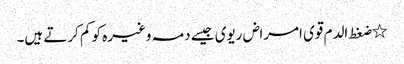
٭ضغط الدم قوی امراض ریوی جیسے دمہ وغیرہ کو کم کرتے ہیں۔